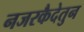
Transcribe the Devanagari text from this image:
नजरकैदेतुन